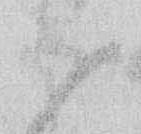
候